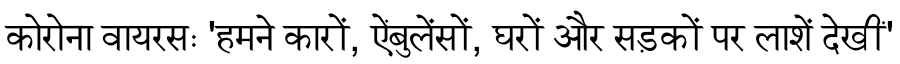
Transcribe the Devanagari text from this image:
कोरोना वायरसः 'हमने कारों, ऐंबुलेंसों, घरों और सड़कों पर लाशें देखीं'